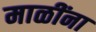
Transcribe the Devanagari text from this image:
माळींना